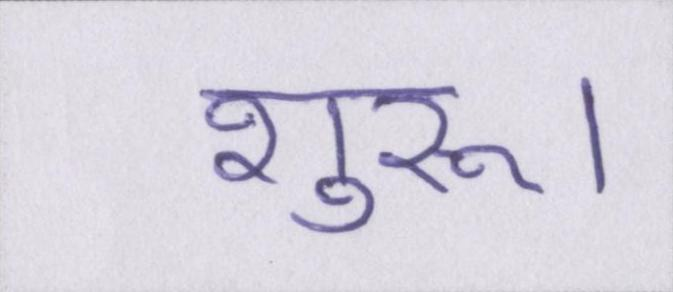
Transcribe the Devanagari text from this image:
शुरू।